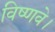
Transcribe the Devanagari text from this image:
विष्णवे।